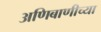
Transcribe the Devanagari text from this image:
अणिबाणीच्या